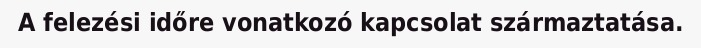
A felezési időre vonatkozó kapcsolat származtatása.